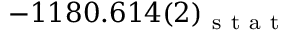
- 1 1 8 0 . 6 1 4 ( 2 ) _ { \mathrm { ~ s ~ t ~ a ~ t ~ } }